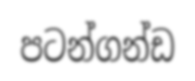
පටන්ගන්ඩ